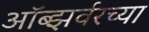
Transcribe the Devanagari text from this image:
ऑब्झर्वरच्या